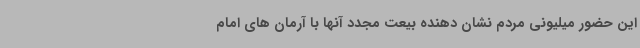
این حضور میلیونی مردم نشان دهنده بیعت مجدد آنها با آرمان های امام